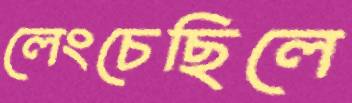
লেংচেছিলে